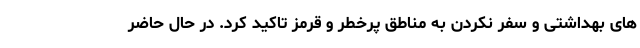
های بهداشتی و سفر نکردن به مناطق پرخطر و قرمز تاکید کرد. در حال حاضر